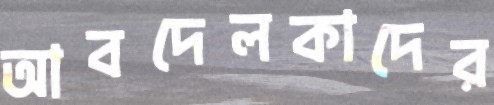
আবদেলকাদের